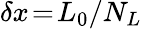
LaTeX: \delta x\! =\! L_{0}/N_{L}